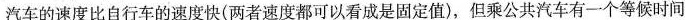
汽车的速度比自行车的速度快(两者速度都可以看成是固定值)，但乘公共汽车有一个等候时间